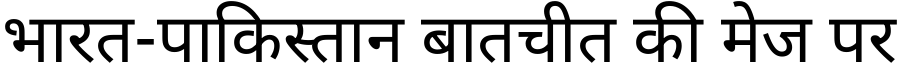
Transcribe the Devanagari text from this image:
भारत-पाकिस्तान बातचीत की मेज पर